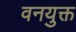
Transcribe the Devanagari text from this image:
वनयुक्त